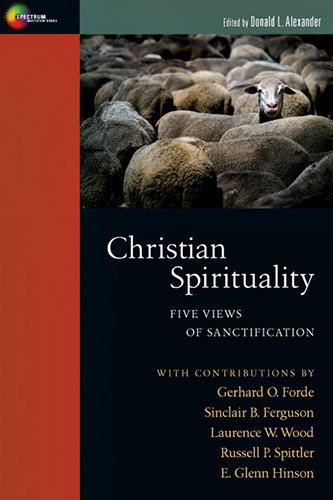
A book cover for Christian Spirituality: Five Views of Sanctification; Christian Books & Bibles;